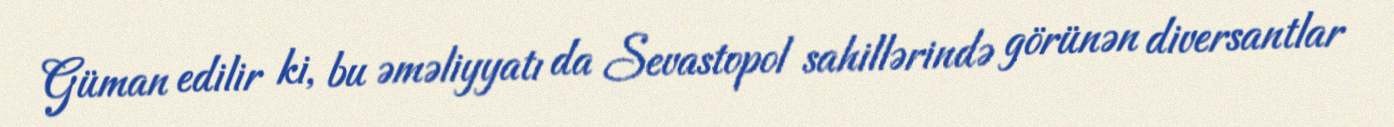
Güman edilir ki, bu əməliyyatı da Sevastopol sahillərində görünən diversantlar